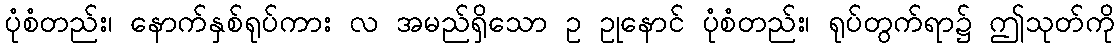
ပုံစံတည်း၊ နောက်နှစ်ရုပ်ကား လ အမည်ရှိသော ဥ ဥုနောင် ပုံစံတည်း၊ ရုပ်တွက်ရာ၌ ဤသုတ်ကို